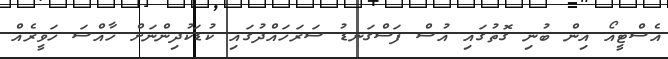
އެސްޓީއޯ އިން ބުނި ގޮތުގައި އުސް ފަސްގަނޑު ސަރަހައްދުގައި ކުޑަކުދިންނަށް ހާއްސަ ހަވީރެއް